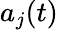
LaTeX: a_{j}(t)